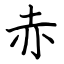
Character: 赤